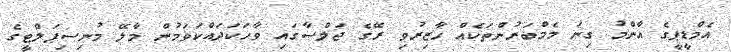
އެމްޑީޕީގެ އާންމު ގިނަ މެމްބަރުންތަކެއް ހާޒިރުވި ރޭގެ ޖަލްސާގައި ވާހަކަދައްކަވަމުން މާލޭ މުނިސިޕަލްޓީގެ